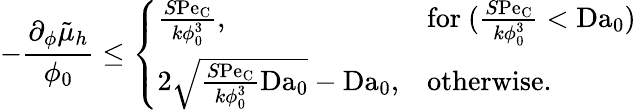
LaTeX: -\frac{\partial_{\phi}\tilde{\mu}_{h}}{\phi_{0}}\leq\left\{ \begin{array}{ll}{\frac{S\mathrm{Pe}_{\mathrm{C}}}{k\phi_{0}^{3}},}&{\mathrm{for~}(\frac{S\mathrm{Pe}_{\mathrm{C}}}{k\phi_{0}^{3}}<\mathrm{Da}_{0})}\\ {2\sqrt{\frac{S\mathrm{Pe}_{\mathrm{C}}}{k\phi_{0}^{3}}\mathrm{Da}_{0}}-\mathrm{Da}_{0},}&{\mathrm{otherwise}.}\end{array}\right.